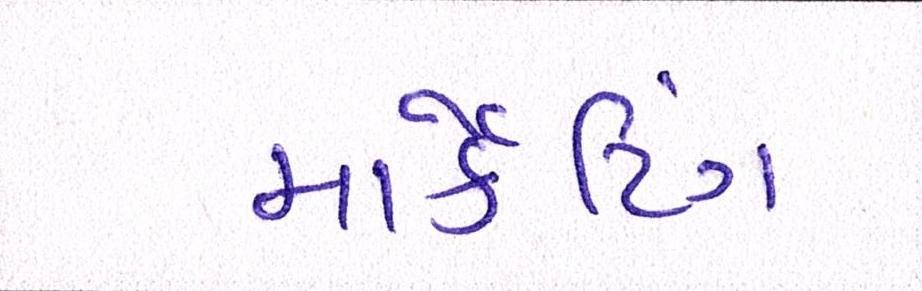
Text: માર્કેટિંગ